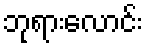
ဘုရားလောင်း